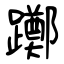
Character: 躑